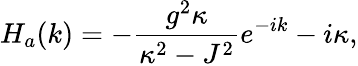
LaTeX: H_{a}(k)=-\frac{g^{2}\kappa}{\kappa^{2}-J^{2}}e^{-ik}-i\kappa,